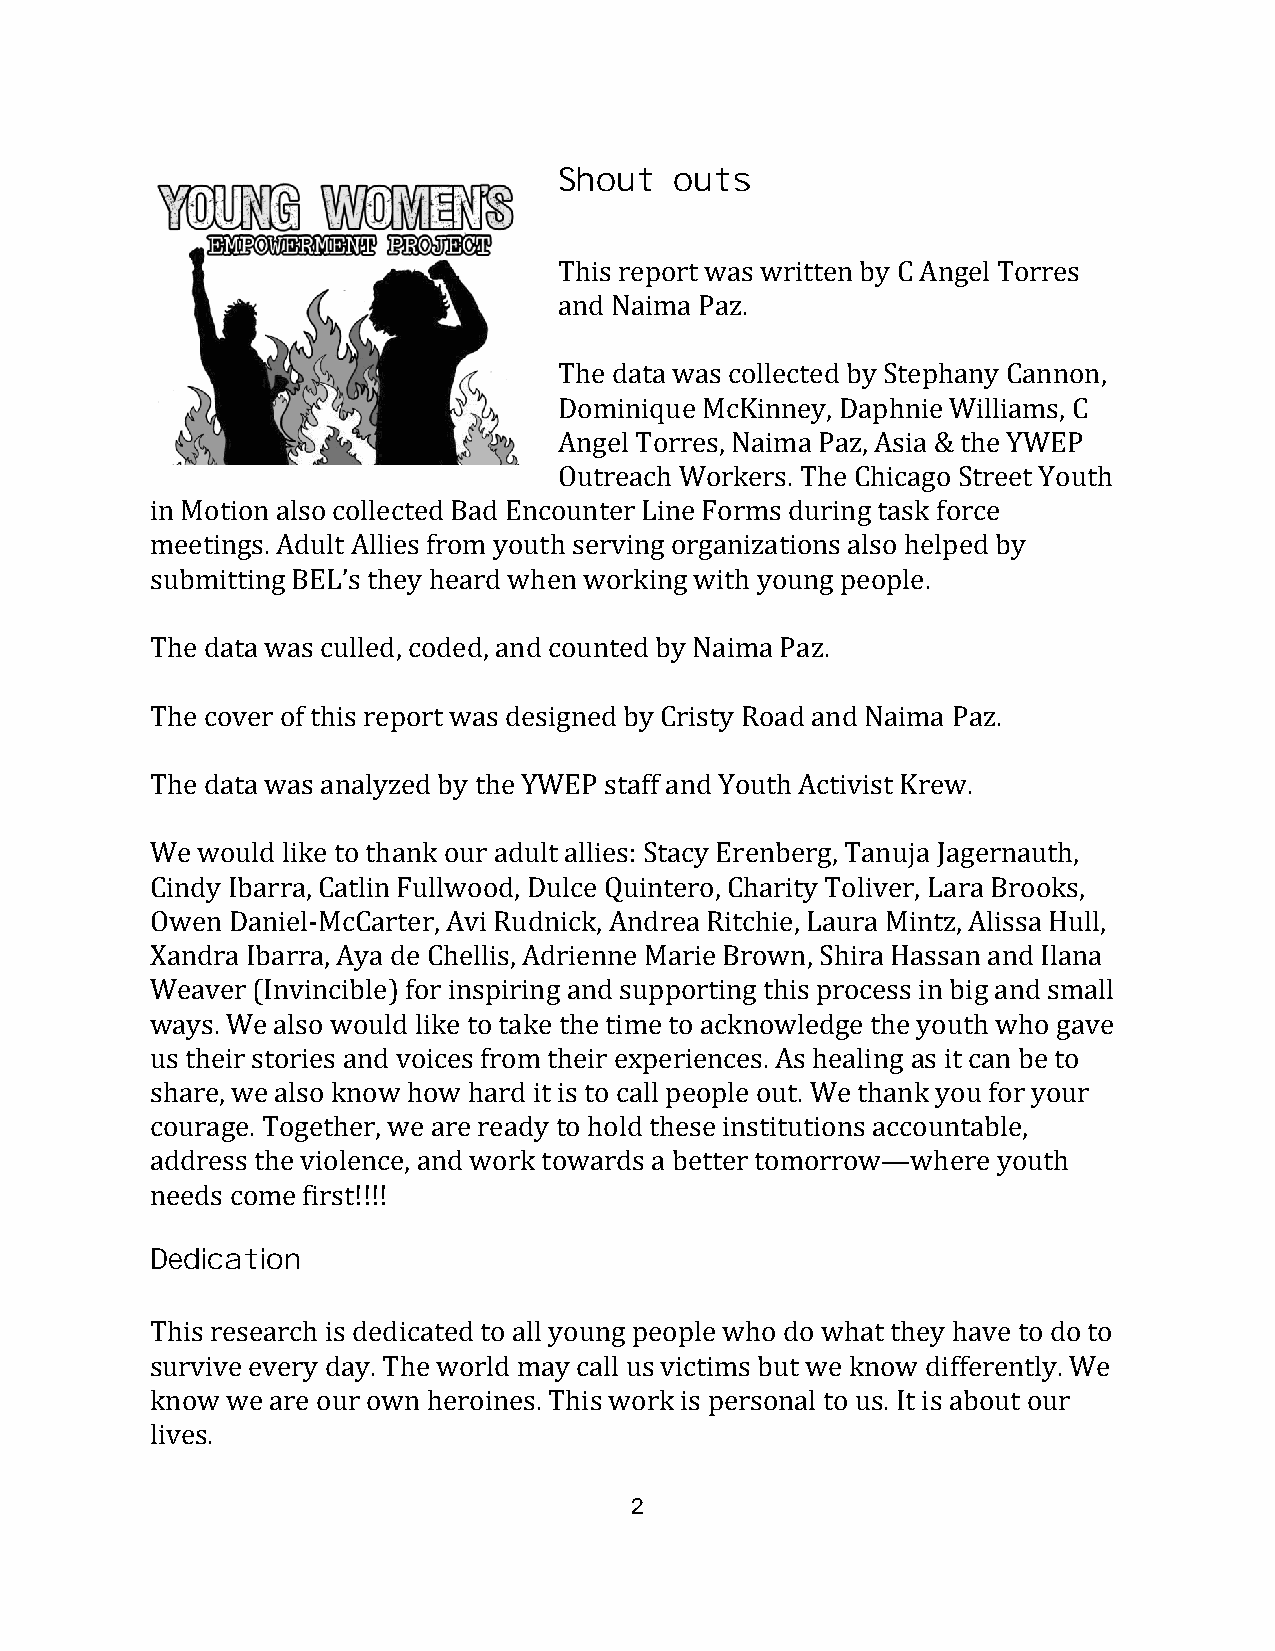
Shout   outs
 This report was written by C Angel Torres
 and Naima Paz.
 The data was collected by Stephany Cannon,
 Dominique McKinney, Daphnie Williams, C
 Angel Torres, Naima Paz, Asia & the YWEP
 Outreach Workers. The Chicago Street Youth
 in Motion also collected Bad Encounter Line Forms during task force
 meetings. Adult Allies from youth serving organizations also helped by
 submitting BEL’s they heard when working with young people.
 The data was culled, coded, and counted by Naima Paz.
 The cover of this report was designed by Cristy Road and Naima Paz.
 The data was analyzed by the YWEP staff and Youth Activist Krew.
 We would like to thank our adult allies: Stacy Erenberg, Tanuja Jagernauth,
 Cindy Ibarra, Catlin Fullwood, Dulce Quintero, Charity Toliver, Lara Brooks,
 Owen Daniel-McCarter, Avi Rudnick, Andrea Ritchie, Laura Mintz, Alissa Hull,
 Xandra Ibarra, Aya de Chellis, Adrienne Marie Brown, Shira Hassan and Ilana
 Weaver (Invincible) for inspiring and supporting this process in big and small
 ways. We also would like to take the time to acknowledge the youth who gave
 us their stories and voices from their experiences. As healing as it can be to
 share, we also know how hard it is to call people out. We thank you for your
 courage. Together, we are ready to hold these institutions accountable,
 address the violence, and work towards a better tomorrow—where youth
 needs come first!!!!
 Dedication
 This research is dedicated to all young people who do what they have to do to
 survive every day. The world may call us victims but we know differently. We
 know we are our own heroines. This work is personal to us. It is about our
 lives.
 2